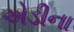
એડીના